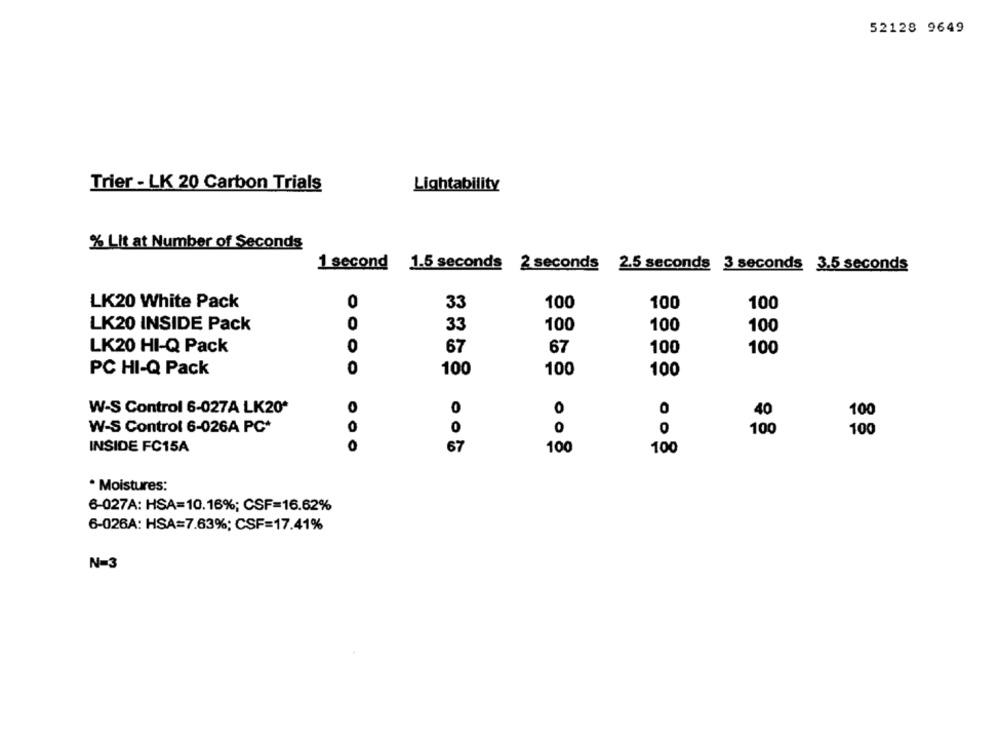
52128 9649
Trier - LK 20 Carbon Trials
Lightability
% Lit at Number of Seconds
1 second 1.5 seconds 2 seconds 2.5 seconds 3 seconds 3.5 seconds
LK20 White Pack
0
100
100
33
100
LK20 INSIDE Pack
0
33
100
100
100
0
67
100
LK20 HI-Q Pack
67
100
PC HI-Q Pack
0
100
100
100
0
0
0
W-S Control 6-027A LK20*
O
40
100
W-S Control 6-026A PC*
0
0
O
100
100
O
INSIDE FC15A
67
100
100
· Moistures:
6-027A: HSA=10.16%; CSF=16.62%
6-026A: HSA=7.63%; CSF=17.41%
N=3